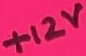
Text: +12V